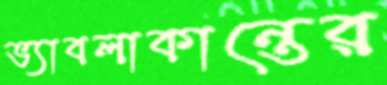
ভ্যাবলাকান্তের